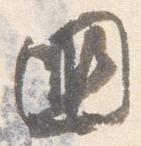
国